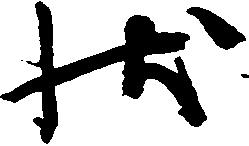
状